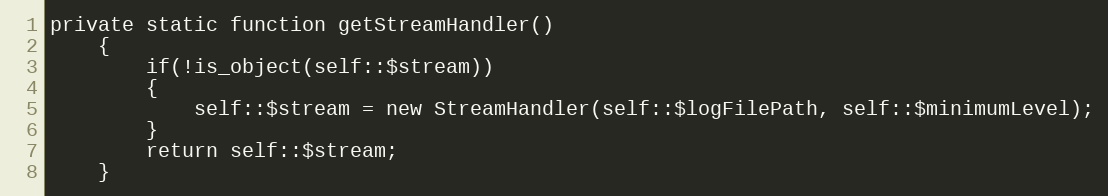
Language: PHP
private static function getStreamHandler()
    {
        if(!is_object(self::$stream))
        {
            self::$stream = new StreamHandler(self::$logFilePath, self::$minimumLevel);
        }
        return self::$stream;
    }